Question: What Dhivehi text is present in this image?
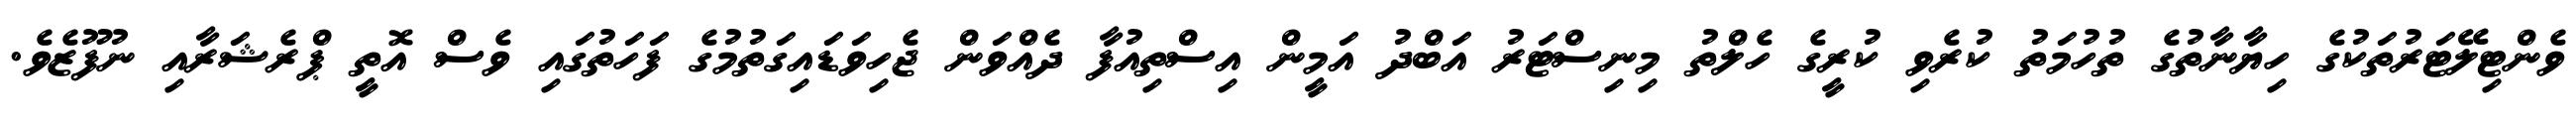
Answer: ވެންޓިލޭޓަރުތަކުގެ ހިޔާނާތުގެ ތުހުމަތު ކުރެވި ކުރީގެ ހެލްތު މިނިސްޓަރު އަބްދު އަމީން އިސްތިއުފާ ދެއްވަން ޖެހިވަޑައިގަތުމުގެ ފަހަތުގައި ވެސް އޮތީ ޕްރެޝަރާއި ނުފޫޒެވެ.